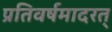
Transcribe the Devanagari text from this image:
प्रतिवर्षमादरत्